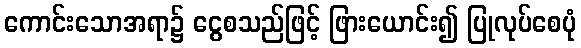
ကောင်းသောအရာ၌ ငွေစသည်ဖြင့် ဖြားယောင်း၍ ပြုလုပ်စေပုံ